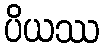
ပိယဿ